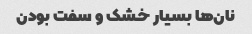
نان‌ها بسیار خشک و سفت بودن